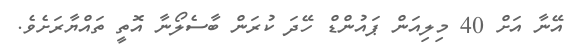
އޭނާ އަށް 40 މިލިއަން ޕައުންޑް ހޭދަ ކުރަން ބާސެލޯނާ އޮތީ ތައްޔާރަށެވެ.